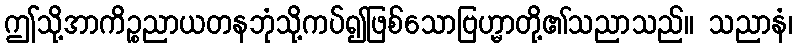
ဤသို့အာကိဉ္စညာယတနဘုံသို့ကပ်၍ဖြစ်သောဗြဟ္မာတို့၏သညာသည်။ သညာနံ၊